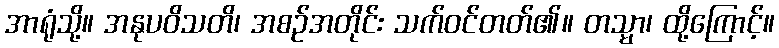
အာရုံသို့။ အနုပဝိသတိ၊ အစဉ်အတိုင်း သက်ဝင်တတ်၏။ တသ္မာ၊ ထို့ကြောင့်။